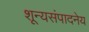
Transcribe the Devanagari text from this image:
शून्यसंपादनेय